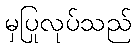
မှပြုလုပ်သည်